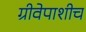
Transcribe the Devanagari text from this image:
ग्रीवेपाशीच